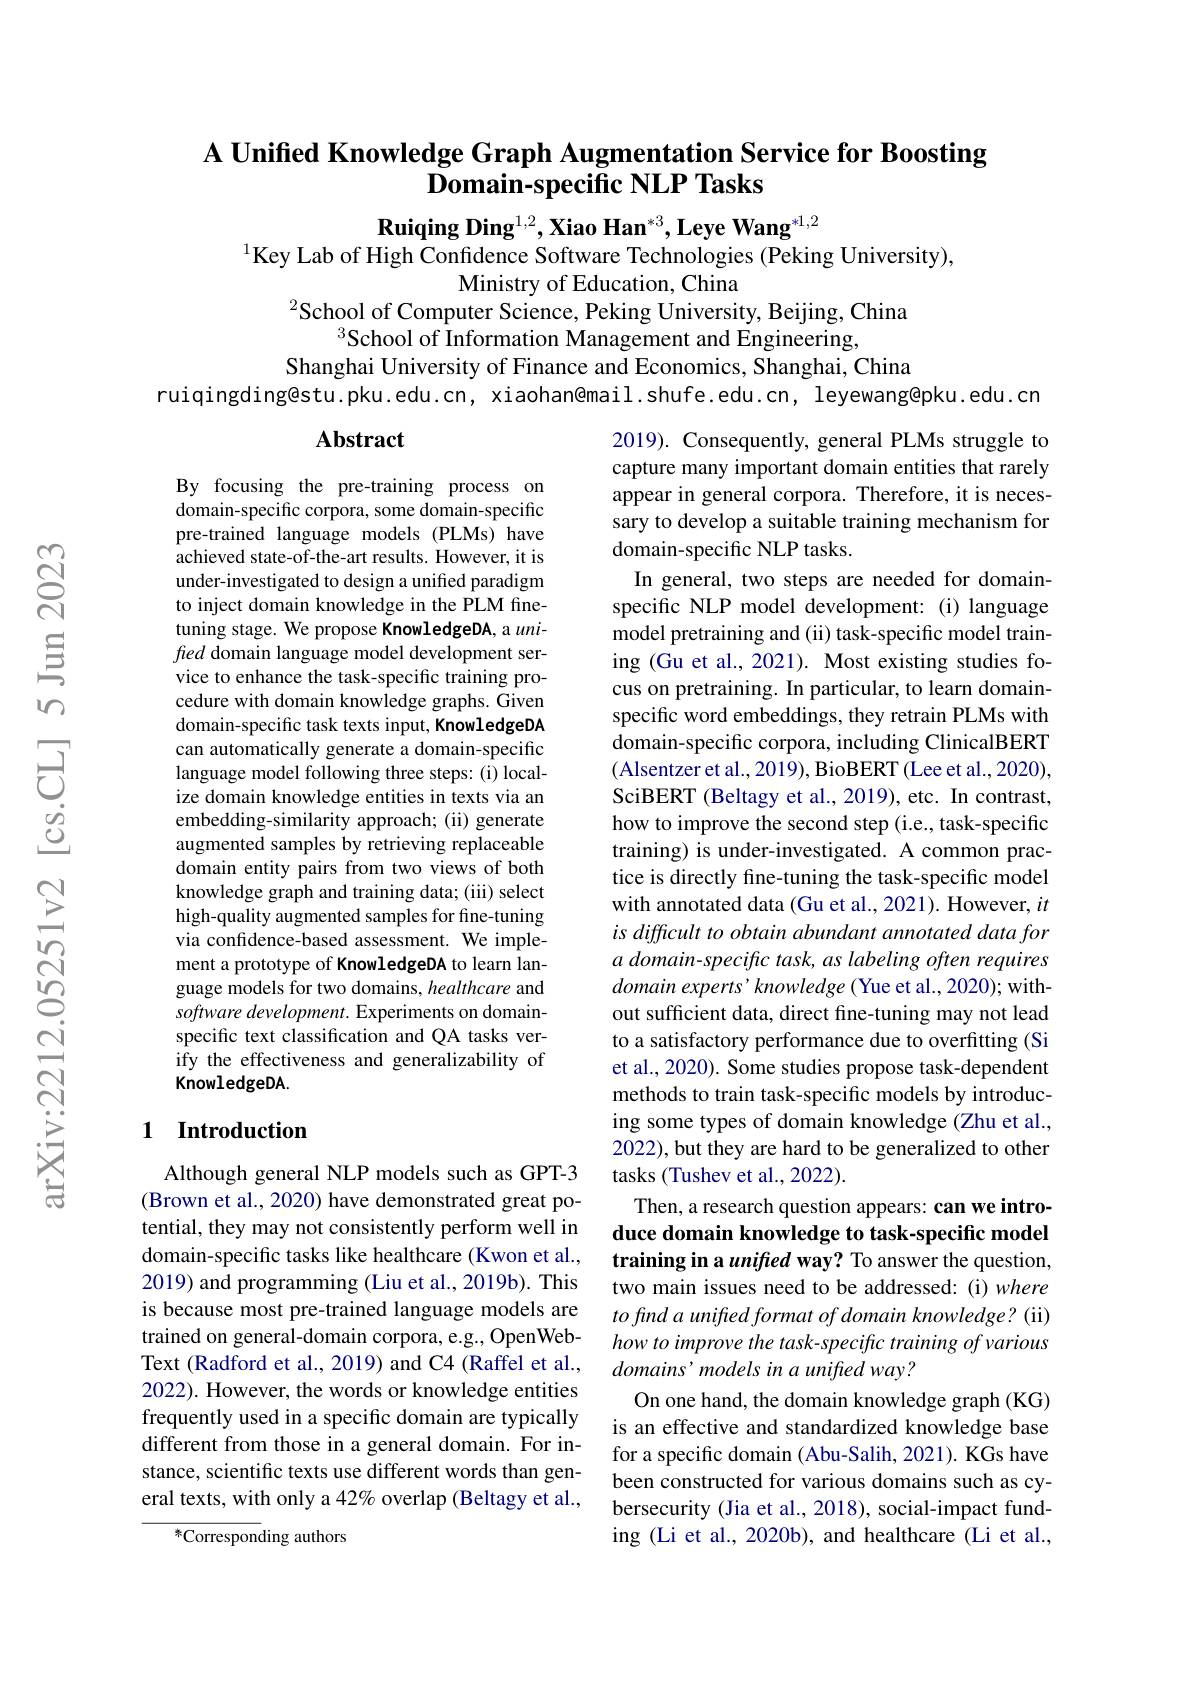
## A Unified Knowledge Graph Augmentation Service for Boosting $\bar{\textbf{Domain-specific NLP Tasks}}$

Ruiqing Ding$^{1,2},\textbf{Xiao Han}^{*3},\textbf{Leye Wang}^{*1,2}$
$^{1}$Key Lab of High Confidence Software Technologies (Peking University),
Ministry of Education, China
$^2$School of Computer Science, Peking University, Beijing, China

$^3$School of Information Management and Engineering,
Shanghai University of Finance and Economics, Shanghai, China
ruiqingding@stu.pku.edu.cn, xiaohan@mail.shufe.edu.cn, leyewang@pku.edu.cn

### $\mathbf{Abstract}$

By focusing the pre-training process on domain-specific corpora, some domain-specific pre-trained language models (PLMs) have achieved state-of-the-art results. However, it is under-investigated to design a unified paradigm to inject domain knowledge in the PLM finetuning stage. We propose KnowledgeDA, a $uni-$ fred domain language model development service to enhance the task-specific training procedure with domain knowledge graphs. Given domain-specific task texts input, KnowledgeDA can automatically generate a domain-specific language model following three steps: (i) localize domain knowledge entities in texts via an embedding-similarity approach; (ii) generate augmented samples by retrieving replaceable domain entity pairs from two views of both knowledge graph and training data; (iii) select high-quality augmented samples for fine-tuning via confidence-based assessment. We implement a prototype of KnowledgeDA to learn language models for two domains, healthcare and software development. Experiments on domainspecific text classification and QA tasks verify the effectiveness and generalizability of KnowledgeDA.

2019). Consequently, general PLMs struggle to capture many important domain entities that rarely appear in general corpora. Therefore, it is necessary to develop a suitable training mechanism for domain-specific NLP tasks.
In general, two steps are needed for domainspecific NLP model development: (i) language model pretraining and (ii) task-specific model training (Gu et al., 2021). Most existing studies focus on pretraining. In particular, to learn domainspecific word embeddings, they retrain PLMs with domain-specific corpora, including ClinicalBERT (Alsentzer et al., 2019), BioBERT (Lee et al., 2020), SciBERT (Beltagy et al., 2019), etc. In contrast, how to improve the second step (i.e., task-specific training) is under-investigated. A common practice is directly fine-tuning the task-specific model with annotated data (Gu et al., 2021). However, $it$ is difficult to obtain abundant annotated data for a domain-specific task, as labeling often requires domain experts' knowledge (Yue et al., 2020); without sufficient data, direct fine-tuning may not lead to a satisfactory performance due to overfitting (Si et al., 2020). Some studies propose task-dependent methods to train task-specific models by introducing some types of domain knowledge (Zhu et al., 2022), but they are hard to be generalized to other tasks (Tushev et al., 2022).
Then, a research question appears: can we introduce domain knowledge to task-specific model training in a unifed way? To answer the question, two main issues need to be addressed:(i) where to find a unifed format of domain knowledge? (ii) how to improve the task-specific training of various domains' models in a unifred way?
On one hand, the domain knowledge graph (KG) is an effective and standardized knowledge base for a specific domain (Abu-Salih, 2021). KGs have been constructed for various domains such as cybersecurity (Jia et al., 2018), social-impact funding (Li et al., 2020b), and healthcare (Li et al.,

## 1 $\textbf{Introduction}$

Although general NLP models such as GPT-3 (Brown et al., 2020) have demonstrated great potential, they may not consistently perform well in domain-specific tasks like healthcare (Kwon et al., 2019) and programming (Liu et al., 2019b). This is because most pre-trained language models are trained on general-domain corpora, e.g., OpenWebText (Radford et al., 2019) and C4 (Raffel et al., 2022). However, the words or knowledge entities frequently used in a specific domain are typically different from those in a general domain. For instance, scientific texts use different words than general texts, with only a 42% overlap (Beltagy et al.,

${}^{*}$Corresponding authors